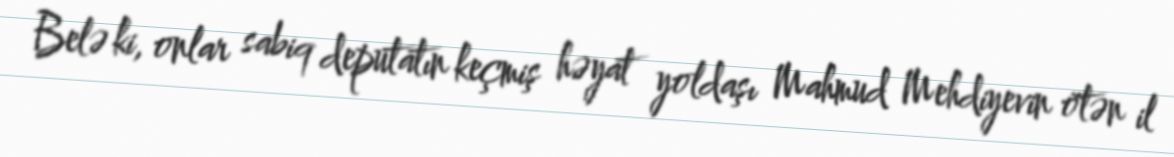
Belə ki, onlar sabiq deputatın keçmiş həyat yoldaşı Mahmud Mehdiyevin ötən il